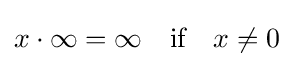
x\cdot \infty =\infty \quad {\text{if}}\quad x\not =0